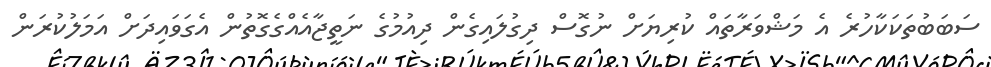
ސަބަބުތަކަކާހުރެ އެ މަޝްވަރާތައް ކުރިޔަށް ނުގޮސް ދިގުލައިގެން ދިއުމުގެ ނަތީޖާއެއްގެގޮތުން އެގަވައިދަށް އަމަލުކުރަން